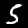
Label: 5